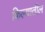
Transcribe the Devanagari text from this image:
किल्यातील